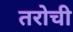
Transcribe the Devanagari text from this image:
तरोची